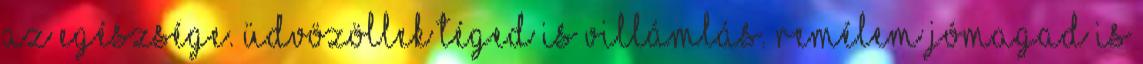
az egészsége. Üdvözöllek téged is Villámlás. Remélem jómagad is